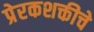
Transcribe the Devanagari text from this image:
प्रेरकशक्तीचे